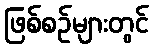
ဖြစ်စဉ်များတွင်